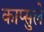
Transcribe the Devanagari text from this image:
काप्सुले